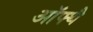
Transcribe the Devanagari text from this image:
ऑफ्थै